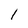
Character: l